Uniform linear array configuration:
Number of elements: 24
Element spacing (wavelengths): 1
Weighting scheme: blackman
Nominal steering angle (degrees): -60
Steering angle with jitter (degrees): -58.347
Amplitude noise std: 0.05
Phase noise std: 0.05

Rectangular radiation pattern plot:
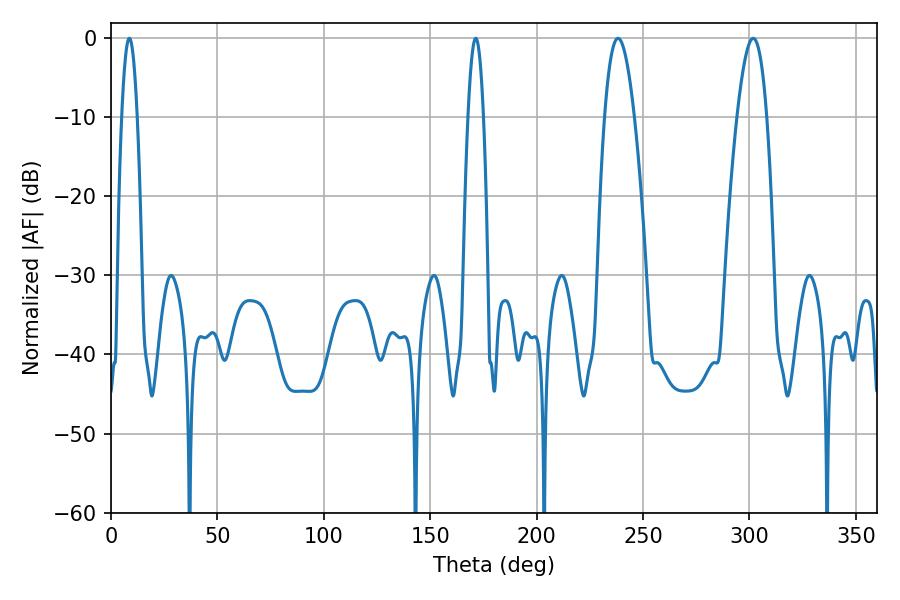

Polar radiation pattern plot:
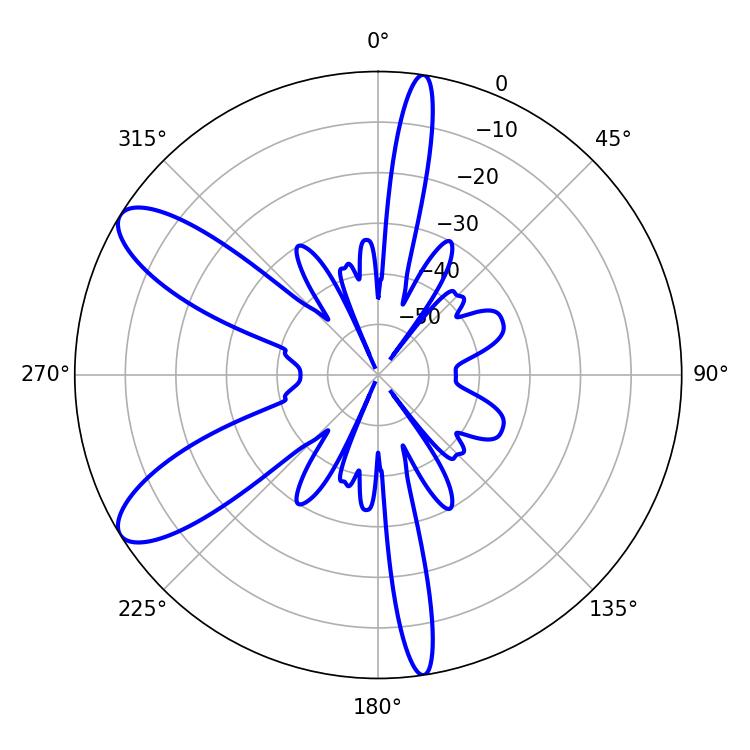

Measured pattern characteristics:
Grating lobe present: TRUE
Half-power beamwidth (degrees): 3.96
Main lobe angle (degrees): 8.64